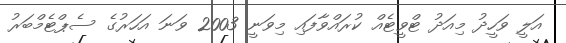
އަލީ ވަހީދު މިއަދު ޓްވީޓެއް ކުރައްވާފައި މިވަނީ 2003 ވަނަ އަހަރުގެ ސެޕްޓެމްބަރު